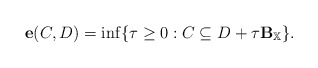
\begin{align*} \mathbf{e}(C,D)=\inf\{\tau\geq 0: C\subseteq D+\tau \mathbf{B}_\mathbb{X}\}.\end{align*}